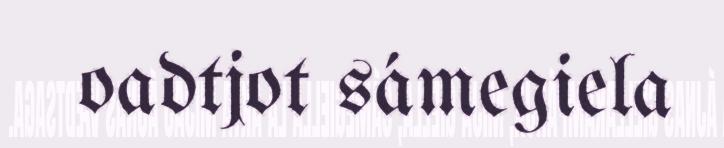
oadtjot sámegiela